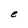
Character: e